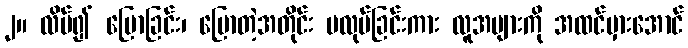
၂။ လိမ်၍ ပြောခြင်း၊ ပြောတဲ့အတိုင်း မလုပ်ခြင်းကား လူအများကို အထင်မှားအောင်